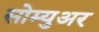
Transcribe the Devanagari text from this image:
सोम्युअर